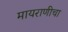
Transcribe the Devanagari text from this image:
मायराणीचा